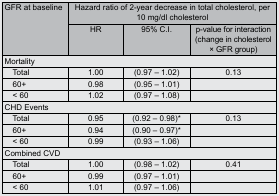
<table><thead><tr><td rowspan="2"><b>GFR at baseline</b></td><td colspan="3"><b>Hazard ratio of 2-year decrease in total cholesterol, per 10 mg/dl cholesterol</b></td></tr><tr><td><b>HR</b></td><td><b>95% C.I.</b></td><td><b>p-value for interaction (change in cholesterol × GFR group)</b></td></tr></thead><tbody><tr><td colspan="4">Mortality</td></tr><tr><td>Total</td><td>1.00</td><td>(0.97 – 1.02)</td><td>0.13</td></tr><tr><td>60+</td><td>0.98</td><td>(0.95 – 1.01)</td><td></td></tr><tr><td>&lt; 60</td><td>1.02</td><td>(0.97 – 1.08)</td><td></td></tr><tr><td colspan="4">CHD Events</td></tr><tr><td>Total</td><td>0.95</td><td>(0.92 – 0.98)*</td><td>0.13</td></tr><tr><td>60+</td><td>0.94</td><td>(0.90 – 0.97)*</td><td></td></tr><tr><td>&lt; 60</td><td>0.99</td><td>(0.93 – 1.06)</td><td></td></tr><tr><td colspan="4">Combined CVD</td></tr><tr><td>Total</td><td>1.00</td><td>(0.98 – 1.02)</td><td>0.41</td></tr><tr><td>60+</td><td>0.99</td><td>(0.97 – 1.01)</td><td></td></tr><tr><td>&lt; 60</td><td>1.01</td><td>(0.97 – 1.06)</td><td></td></tr></tbody></table>